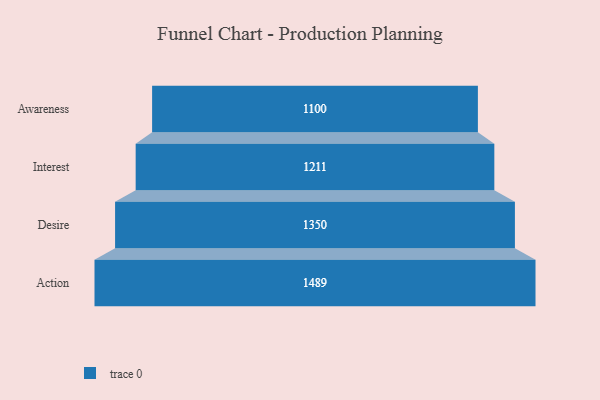
{"axis": {"x": "Stage", "y": "Value"}, "legend": [""], "data": [{"x": "Awareness", "y": 1100.0, "type": ""}, {"x": "Interest", "y": 1211.0, "type": ""}, {"x": "Desire", "y": 1350.0, "type": ""}, {"x": "Action", "y": 1489.0, "type": ""}]}